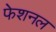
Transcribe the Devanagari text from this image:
फेशनल